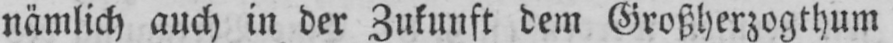
nämlich auch in der Zukunft dem Großherzogthum